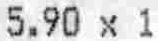
5.90 X 1